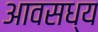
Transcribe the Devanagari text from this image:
आवसध्य